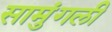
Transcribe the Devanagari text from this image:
सामुंगली